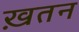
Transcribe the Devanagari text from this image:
ख़तन